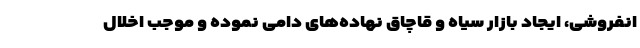
انفروشی، ایجاد بازار سیاه و قاچاق نهاده‌های دامی نموده و موجب اخلال